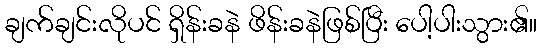
ချက်ချင်းလိုပင် ရှိန်းခနဲ ဖိန်းခနဲဖြစ်ပြီး ပေါ့ပါးသွား၏။